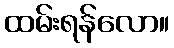
ထမ်းရန်လော။